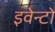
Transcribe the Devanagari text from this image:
इवेन्टों